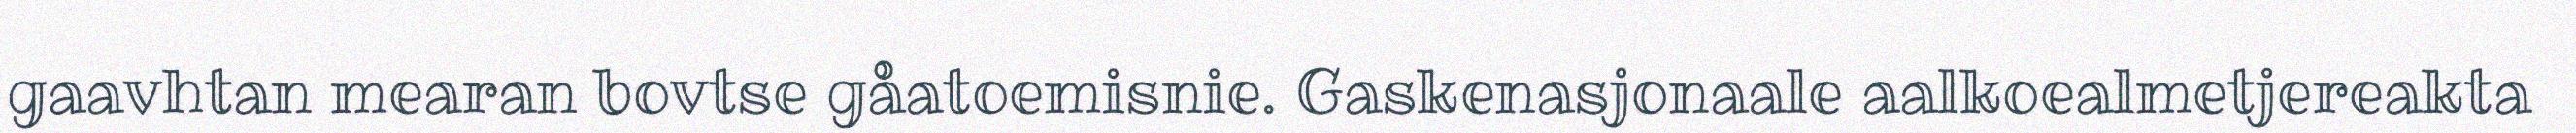
gaavhtan mearan bovtse gåatoemisnie. Gaskenasjonaale aalkoealmetjereakta